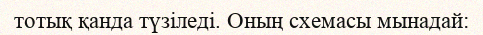
тотық қанда түзіледі. Оның схемасы мынадай: